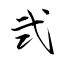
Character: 弐